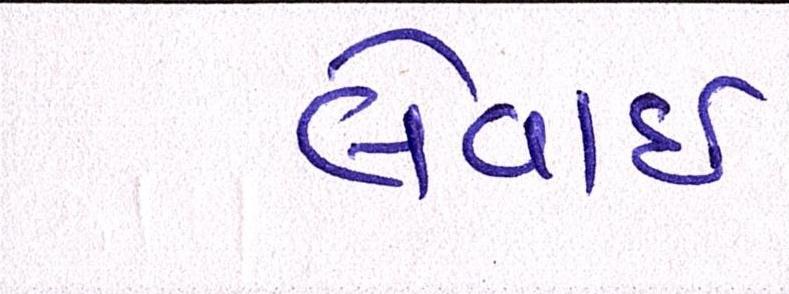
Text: લેવાઇ